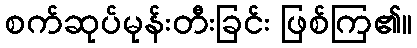
စက်ဆုပ်မုန်းတီးခြင်း ဖြစ်ကြ၏။